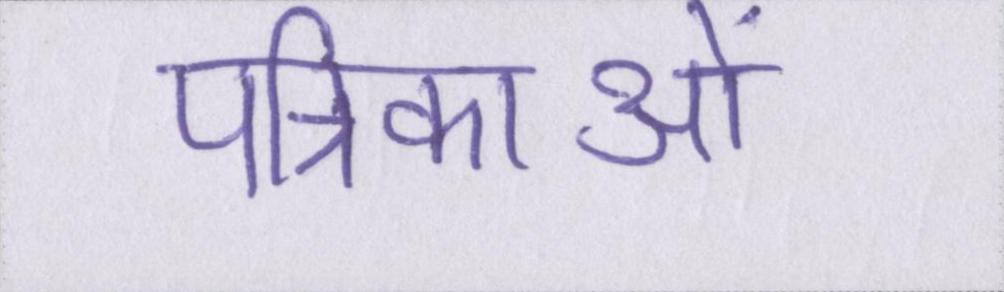
पत्रिकाओं